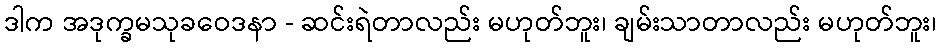
ဒါက အဒုက္ခမသုခဝေဒနာ - ဆင်းရဲတာလည်း မဟုတ်ဘူး၊ ချမ်းသာတာလည်း မဟုတ်ဘူး၊